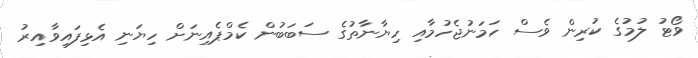
ވޯޓު ލުމުގެ ކުރިން ވެސް ހަމަނުޖެހުމާއި ހިޔާނާތުގެ ސަބަބުން ކެމްޕެއިނަށް ހިޔަނި އެޅިފައިވާއިރު